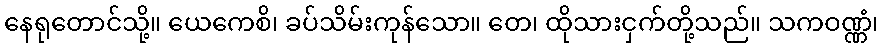
နေရုတောင်သို့။ ယေကေစိ၊ ခပ်သိမ်းကုန်သော။ တေ၊ ထိုသားငှက်တို့သည်။ သကဝဏ္ဏံ၊